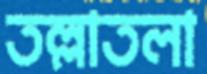
তল্লাতলা